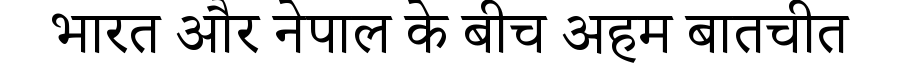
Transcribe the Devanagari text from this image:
भारत और नेपाल के बीच अहम बातचीत